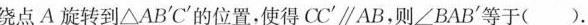
绕点A旋转到△AB℃'的位置，使得CC'\parallelAB，则∠BAB'等于( ).